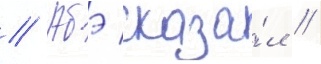
// Абэ сказа́л /